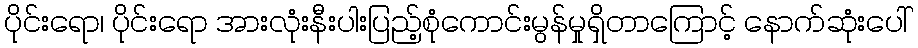
ပိုင်းရော၊ ပိုင်းရော အားလုံးနီးပါးပြည့်စုံကောင်းမွန်မှုရှိတာကြောင့် နောက်ဆုံးပေါ်